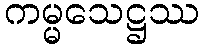
ကမ္မသေဋ္ဌဿ